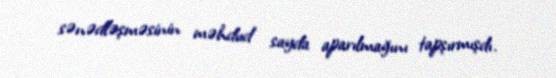
sənədləşməsinin məhdud sayda aparılmağını tapşırmışdı.